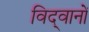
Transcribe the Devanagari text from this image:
विद्‍वानों